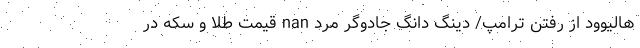
هالیوود از رفتن ترامپ/ دینگ دانگ جادوگر مرد nan قیمت طلا و سکه در